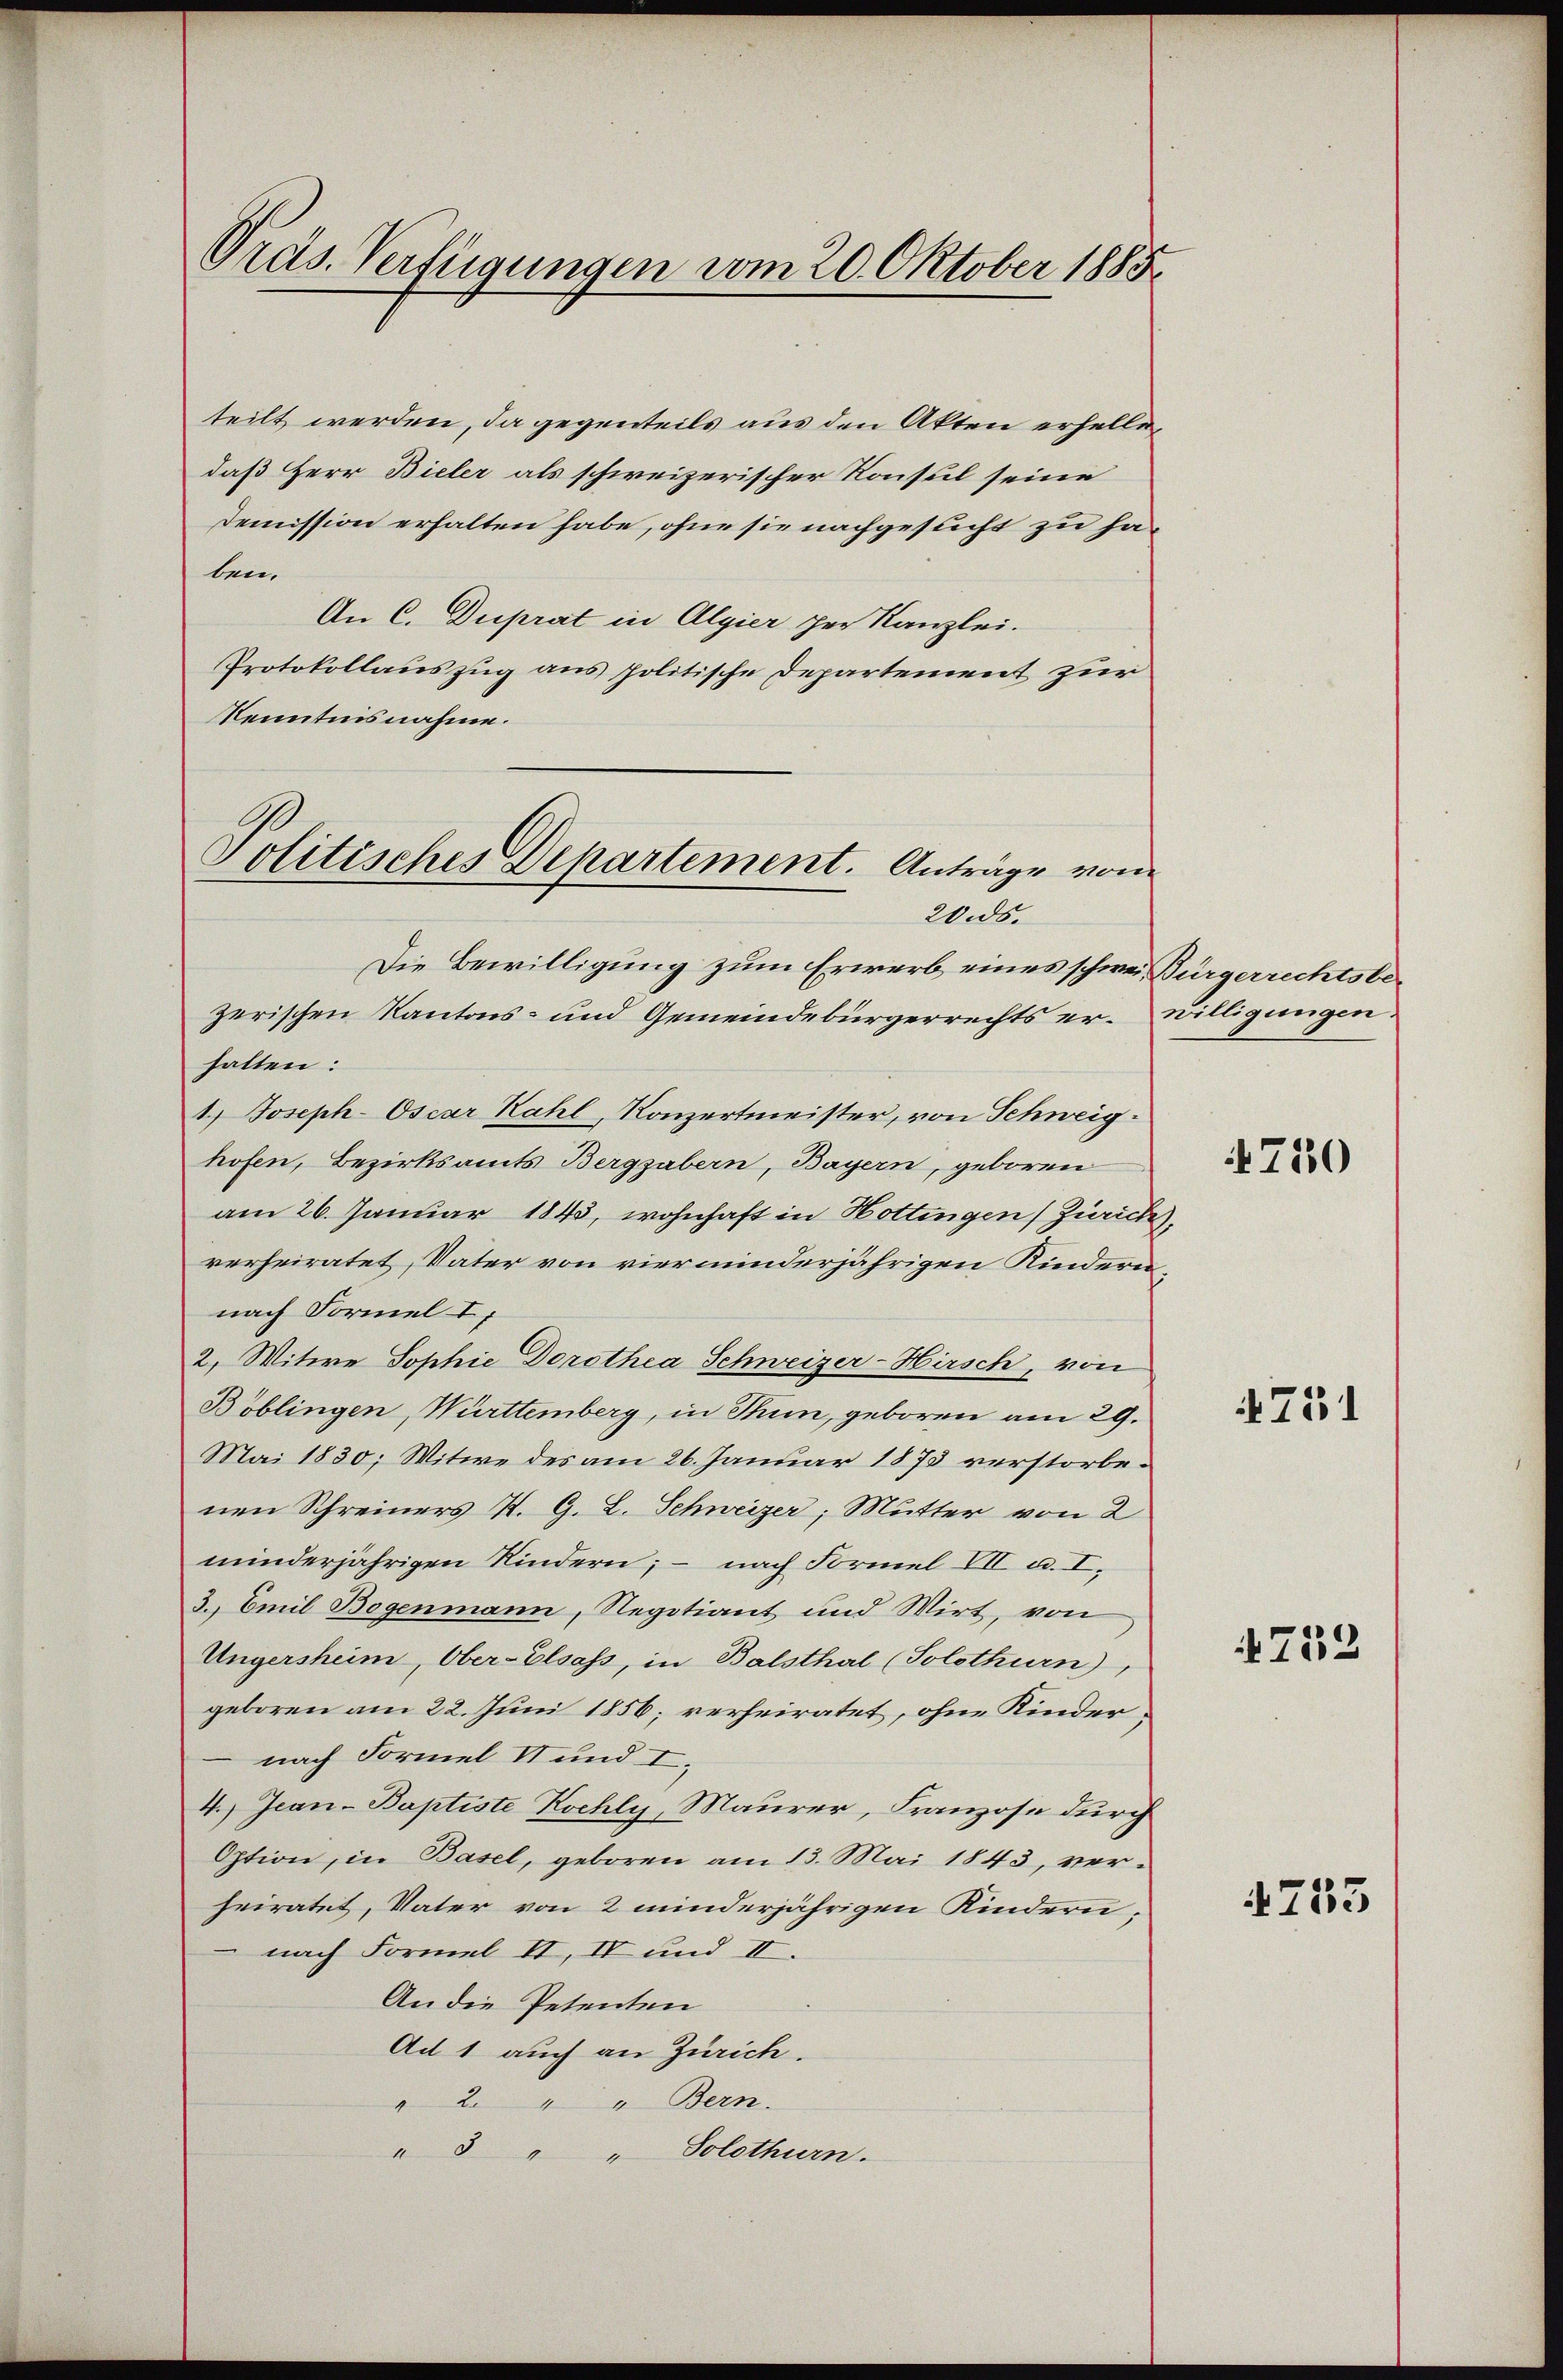
Pras. Verfügungen vom 20. Oktober 1885.

teilt werden, da gegenteils aus den Akten erhelledaß Herr Bieler als schweizerischer Konsul seine
Demission erhalten habe, ohne sie nachgesucht zu haben.
An C. Duprat in Algier per Kanzlei.
Protokollauszug aus politische Departement zur
Kenntnisnahme.
Die Bewilligung zum Erwerb eines schwer, Bürgerrechtsbezerischen Kantons- und Gemeindebürgerrechts erwilligungen.
halten:
1.) Joseph-Oscar Kahl, Konzertmeister, von Schweighofen, Bezirksamts Berggabern, Bayern, geboren
am 26. Januar 1843, wohnhaft in Hottingen (Zürich,
rerheiratet, Vater von vierminderjährigen Kindernnach Formel I
2. Witwe Sophie Dorothea Schweizer-Hirsch, von
Böblingen, Württemberg, in Thun, geboren am 29.
Mai 1830; Witwe des am 26. Januar 1873 verstorbenen Schreiners K. G. L. Schweizer, Mutter von 2
minderjährigen Kindern; – nach Formel VII u. I.
3. Emil Bogenmann, Regotiant und Wirt, von
Ungersheim Ober-Elsass, in Balsthal (Solothurn),
geboren am 22. Juni 1856; verheiratet, ohne Kindernach Formel II und I.
4.) Jean - Baptiste Kochly, Maurer, Franzose durch
Option, in Basel, geboren am 13. Mai 1843, verheiratet, Vater von 2 minderjährigen Kindern;
nach Formel II, IV und II.
An die Petenten
Ad 1 auch an Zürich.
2 " " Bern.
" " " Solothurn.

Politisches Departement. Anträge vom
20. ds.

4750

4751

752

4753